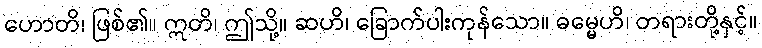
ဟောတိ၊ ဖြစ်၏။ ဣတိ၊ ဤသို့။ ဆဟိ၊ ခြောက်ပါးကုန်သော။ ဓမ္မေဟိ၊ တရားတို့နှင့်။